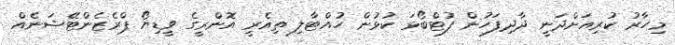
މިހާރު ކުރިއަށްދަނީ ދާދިފަހުން ފުޓްބޯޅަ ކުޅުން ހުއްޓާލި ތިއެރީ އޮންރީގެ ވީޑިޔޯ ޕްރެޒެންޓޭޝަނެއް